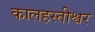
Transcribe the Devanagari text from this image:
कालहस्तीश्वर